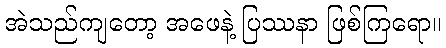
အဲသည်ကျတော့ အဖေနဲ့ ပြဿနာ ဖြစ်ကြရော။